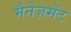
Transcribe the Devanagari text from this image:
मैनेज़मेंट